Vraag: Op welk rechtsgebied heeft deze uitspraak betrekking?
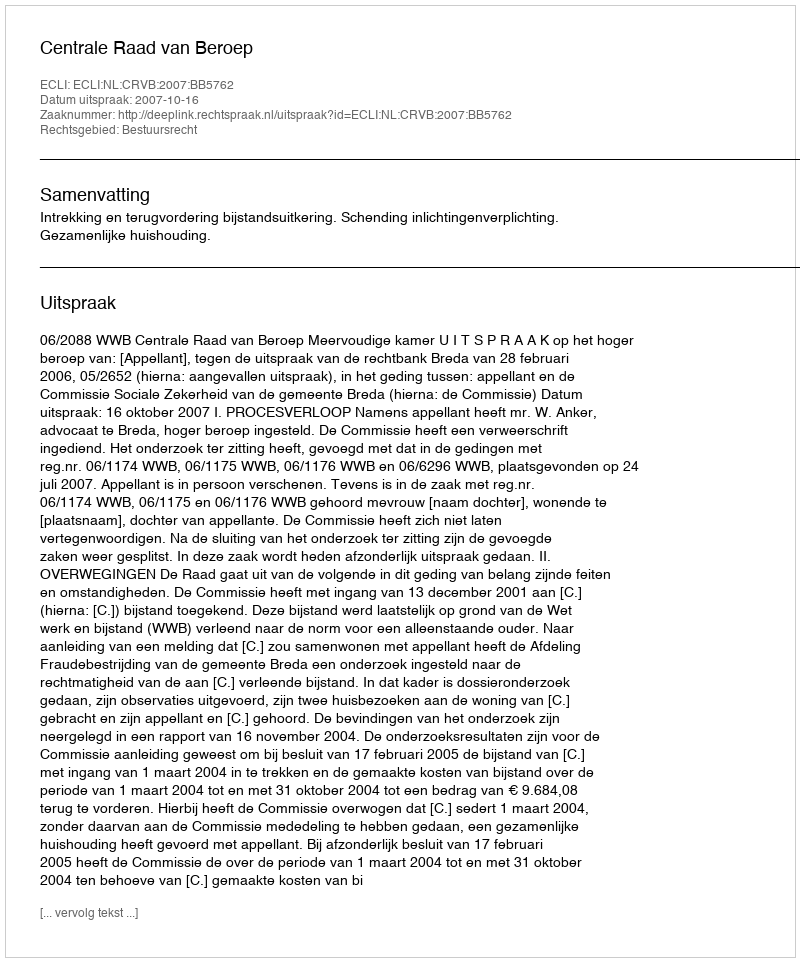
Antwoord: Bestuursrecht